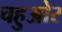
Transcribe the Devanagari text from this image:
चहुओर